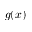
g ( x )